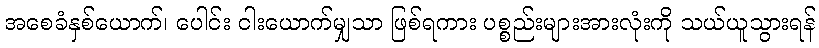
အစေခံနှစ်ယောက်၊ ပေါင်း ငါးယောက်မျှသာ ဖြစ်ရကား ပစ္စည်းများအားလုံးကို သယ်ယူသွားရန်